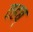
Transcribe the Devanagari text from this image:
वहब्